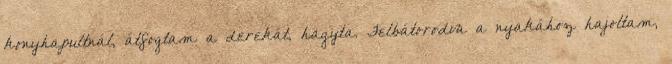
konyhapultnál, átfogtam a derekát, hagyta. Felbátorodva a nyakához hajoltam,